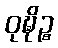
ဝုဍ္ဎိဉ္စ